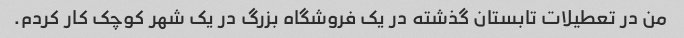
من در تعطیلات تابستان گذشته در یک فروشگاه بزرگ در یک شهر کوچک کار کردم.